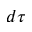
d \tau